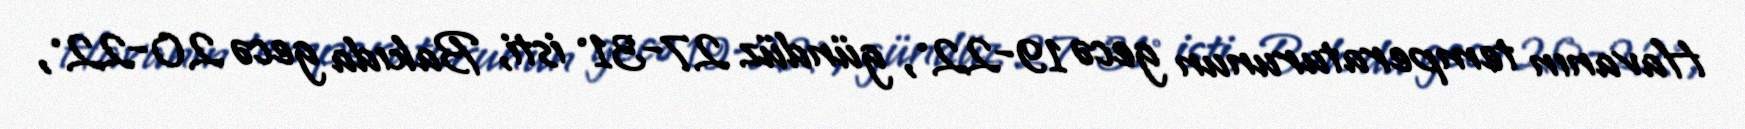
Havanın temperaturunun gecə 19-22°, gündüz 27-31° isti, Bakıda gecə 20-22°,